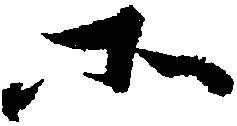
所